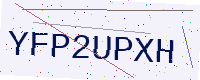
Text: YFP2UPXH